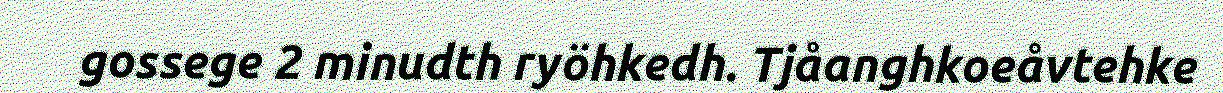
gossege 2 minudth ryöhkedh. Tjåanghkoeåvtehke